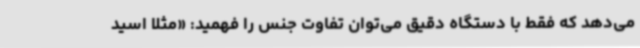
می‌دهد که فقط با دستگاه دقیق می‌توان تفاوت جنس را فهمید: «مثلاً اسید